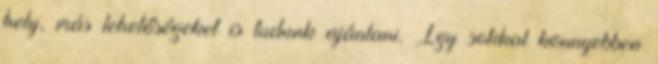
hely, más lehetőségeket is tudunk ajánlani. Így sokkal könnyebben